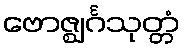
ဗောဇ္ဈင်္ဂသုတ္တံ